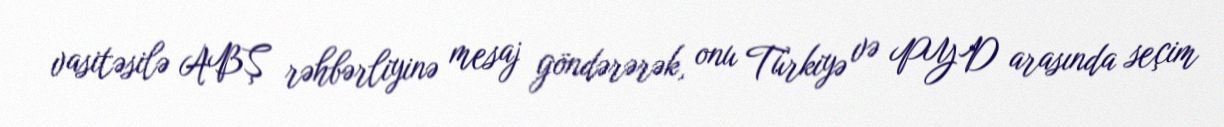
vasitəsilə ABŞ rəhbərliyinə mesaj göndərərək, onu Türkiyə və PYD arasında seçim